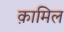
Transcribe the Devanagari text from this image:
क़ामिल